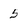
Character: 5